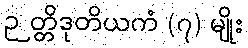
ဉတ္တိဒုတိယကံ (၇) မျိုး